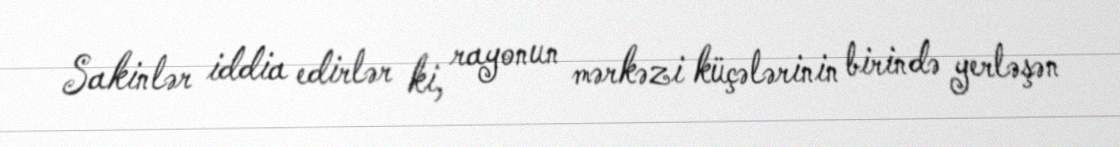
Sakinlər iddia edirlər ki, rayonun mərkəzi küçələrinin birində yerləşən